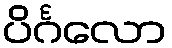
ပိင်္ဂလော